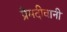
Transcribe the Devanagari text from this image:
प्रेमदीवानी